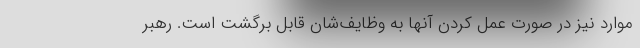
موارد نیز در صورت عمل کردن آنها به وظایف‌شان قابل برگشت است. رهبر